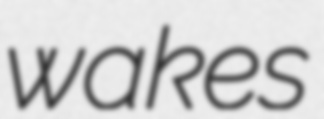
wakes